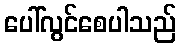
ပေါ်လွင်စေပါသည်